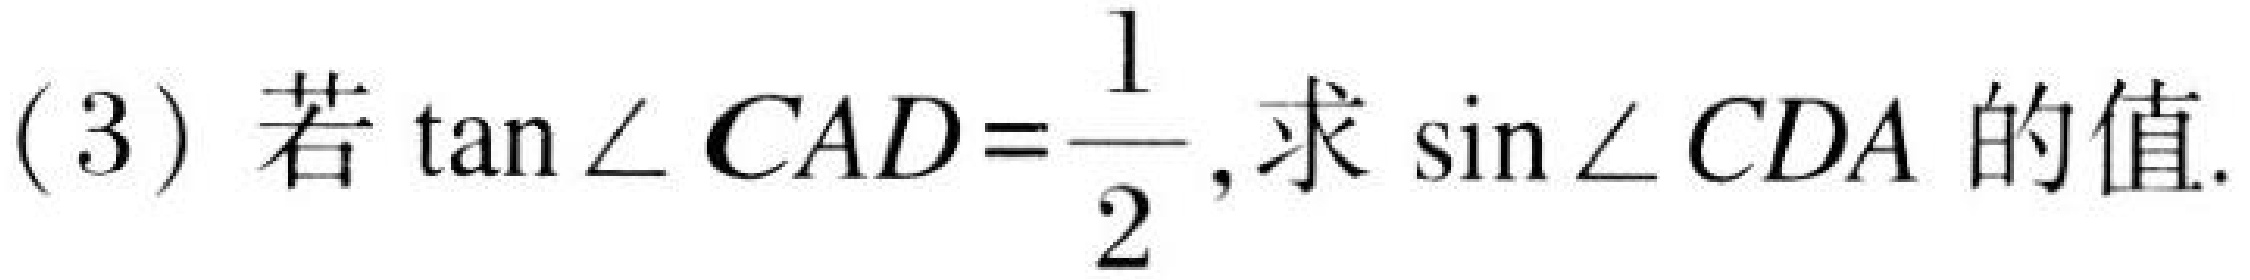
(3) 若\(\tan\angle CAD=\frac{1}{2}\)，求\(\sin\angle CDA\)的值.